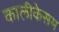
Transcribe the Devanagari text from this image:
कालीकेसम